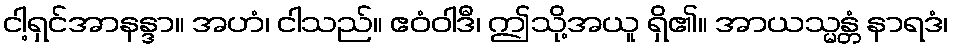
ငါ့ရှင်အာနန္ဒာ။ အဟံ၊ ငါသည်။ ဧဝံဝါဒီ၊ ဤသို့အယူ ရှိ၏။ အာယသ္မန္တံ နာရဒံ၊